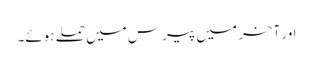
اور آخر میں پیرس میں حملے ہوئے۔